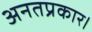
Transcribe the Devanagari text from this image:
अनतप्रकार।